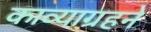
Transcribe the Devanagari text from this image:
काव्याग्रहने